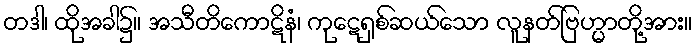
တဒါ၊ ထိုအခါ၌။ အသီတိကောဋိနံ၊ ကုဋေရှစ်ဆယ်သော လူနတ်ဗြဟ္မာတို့အား။